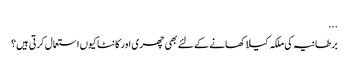
...
برطانیہ کی ملکہ کیلا کھانے کے لئے بھی چھری اور کانٹا کیوں استعمال کرتی ہیں؟